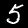
Digit: 5